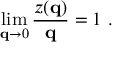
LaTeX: \operatorname * { l i m } _ { { \bf q } \rightarrow 0 } \frac { z ( { \bf q } ) } { { \bf q } } = 1 \ .